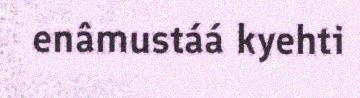
enâmustáá kyehti